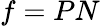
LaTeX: f=PN